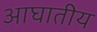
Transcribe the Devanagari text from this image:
आघातीय